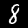
Digit: 8